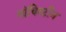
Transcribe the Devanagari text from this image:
बॉविस्टीन